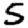
Digit: 5